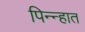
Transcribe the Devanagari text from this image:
पिन्न्हात